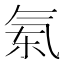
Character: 𣱝